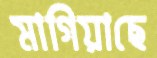
মাগিয়াছে